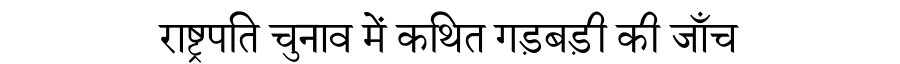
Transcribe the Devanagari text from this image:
राष्ट्रपति चुनाव में कथित गड़बड़ी की जाँच